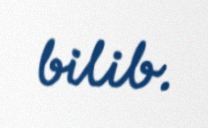
bilib.